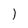
Character: I